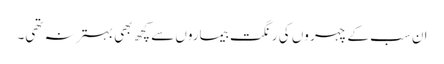
ان سب کے چہر وں کی رنگت بیماروں سے کچھ بھی بہتر نہ تھی۔